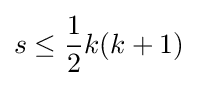
s\leq {\frac {1}{2}}k(k+1)